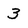
Character: 3